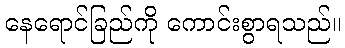
နေရောင်ခြည်ကို ကောင်းစွာရသည်။